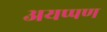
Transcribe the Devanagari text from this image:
अयप्पण